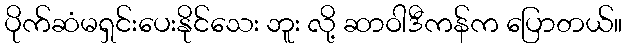
ပိုက်ဆံမရှင်းပေးနိုင်သေး ဘူး လို့ ဆာဝါဒီကန်က ပြောတယ်။